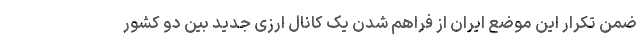
ضمن تکرار این موضع ایران از فراهم شدن یک کانال ارزی جدید بین دو کشور